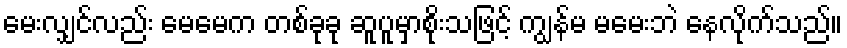
မေးလျှင်လည်း မေမေက တစ်ခုခု ဆူပူမှာစိုးသဖြင့် ကျွန်မ မမေးဘဲ နေလိုက်သည်။